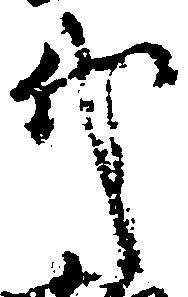
代